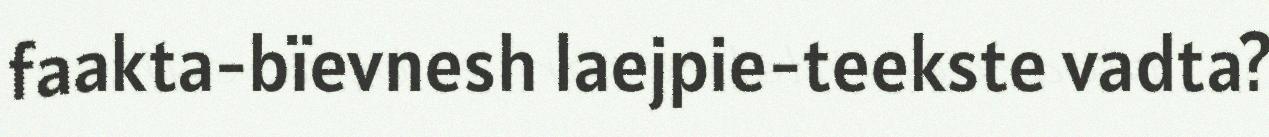
faakta-bïevnesh laejpie-teekste vadta?